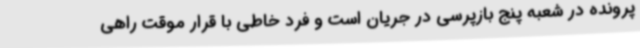
پرونده در شعبه پنج بازپرسی در جریان است و فرد خاطی با قرار موقت راهی